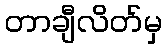
တာချီလိတ်မှ